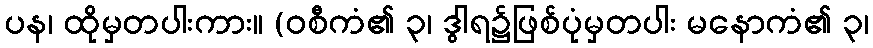
ပန၊ ထိုမှတပါးကား။ (ဝစီကံ၏ ၃၊ ဒွါရ၌ဖြစ်ပုံမှတပါး မနောကံ၏ ၃၊